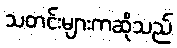
သတင်းများကဆိုသည်